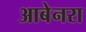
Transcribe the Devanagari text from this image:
आबेनरा